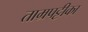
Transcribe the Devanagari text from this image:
ताम्रपट्टीका